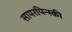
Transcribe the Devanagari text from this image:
सायरपिन्स्की